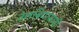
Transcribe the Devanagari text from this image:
तेलबियांसाठी